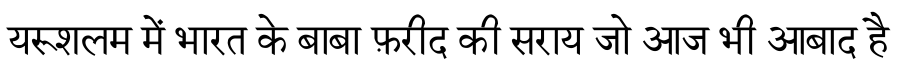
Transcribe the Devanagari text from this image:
यरूशलम में भारत के बाबा फ़रीद की सराय जो आज भी आबाद है